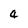
Character: 4